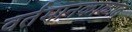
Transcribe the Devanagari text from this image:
वर्तमानकाळात